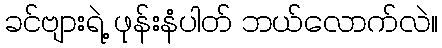
ခင်ဗျားရဲ့ ဖုန်းနံပါတ် ဘယ်လောက်လဲ။